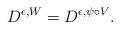
LaTeX: \begin{align*}D^{\epsilon,W}=D^{\epsilon,\psi\circ V}.\end{align*}